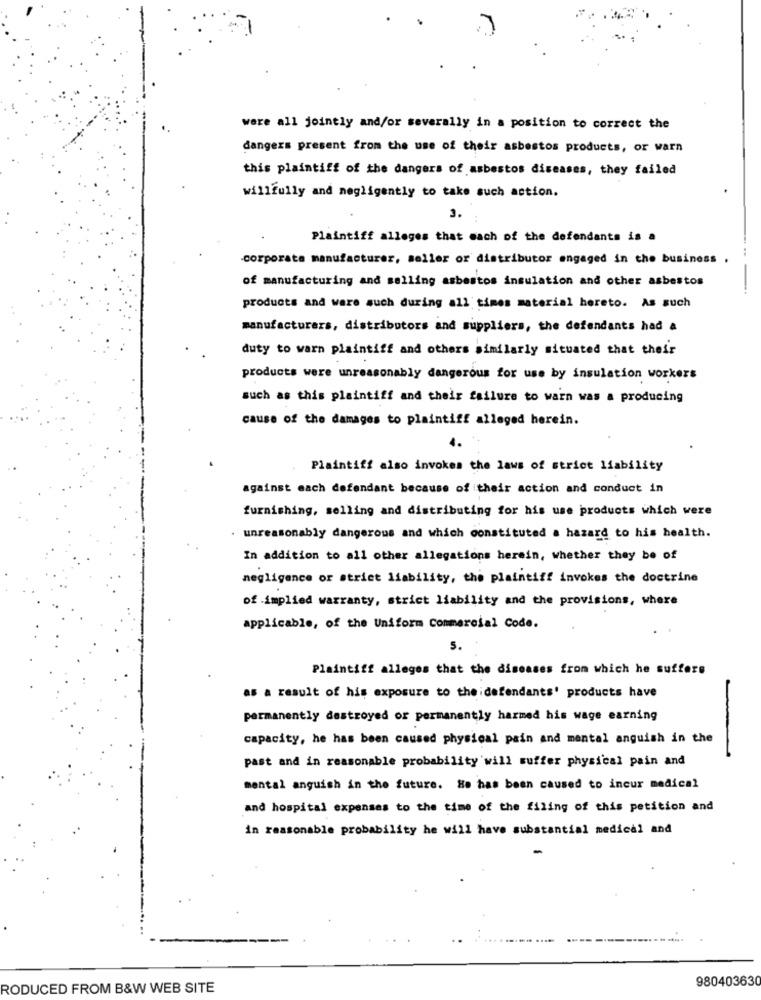
were all jointly and/or severally in a position to correct the
dangers present from the use of their asbestos products, or warn
this plaintiff of the dangers of asbestos diseases, they failed
willfully and negligently to take such action.
3.
Plaintiff alleges that each of the defendants is a
corporate manufacturer, seller or distributor engaged in the business .
of manufacturing and selling asbestos insulation and other asbestos
-
products and ware such during all times material hereto. As such
manufacturers, distributors and suppliers, the defendants had a
duty to warn plaintiff and others similarly situated that their
products were unreasonably dangerous for use by insulation workers
such as this plaintiff and their failure to warn was a producing
cause of the damages to plaintiff alleged herein.
Plaintiff also invokes the laws of strict liability
against each defendant because of their action and conduct in
furnishing, selling and distributing for his use products which were
unreasonably dangerous and which constituted a hazard to his health.
In addition to all other allegations herein, whether they be of
negligence or strict liability, the plaintiff invokes the doctrine
of .implied warranty, strict liability and the provisions, where
applicable, of the Uniform Commercial Code.
5.
Plaintiff alleges that the diseases from which he suffers
as a result of his exposure to the idefendants' products have
permanently destroyed or permanently harmed his wage earning
capacity, he has been caused physical pain and mental anguish in the
past and in reasonable probability will suffer physical pain and
mental anguish in the future. He has been caused to incur medical
and hospital expenses to the time of the filing of this petition and
in reasonable probability he will have substantial medical and
980403630
RODUCED FROM B&W WEB SITE